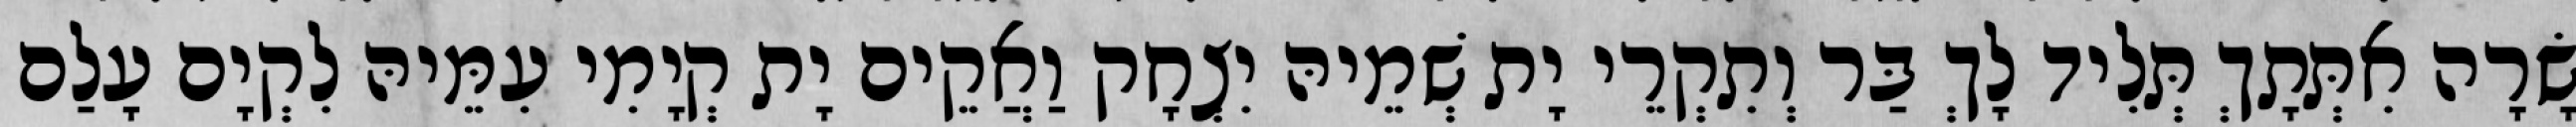
שָׂרָה אִתְּתָךְ תְּלִיד לָךְ בַּר וְתִקְרֵי יָת שְׁמֵיהּ יִצְחָק וַאֲקֵים יָת קְיָמִי עִמֵּיהּ לִקְיָם עָלַם